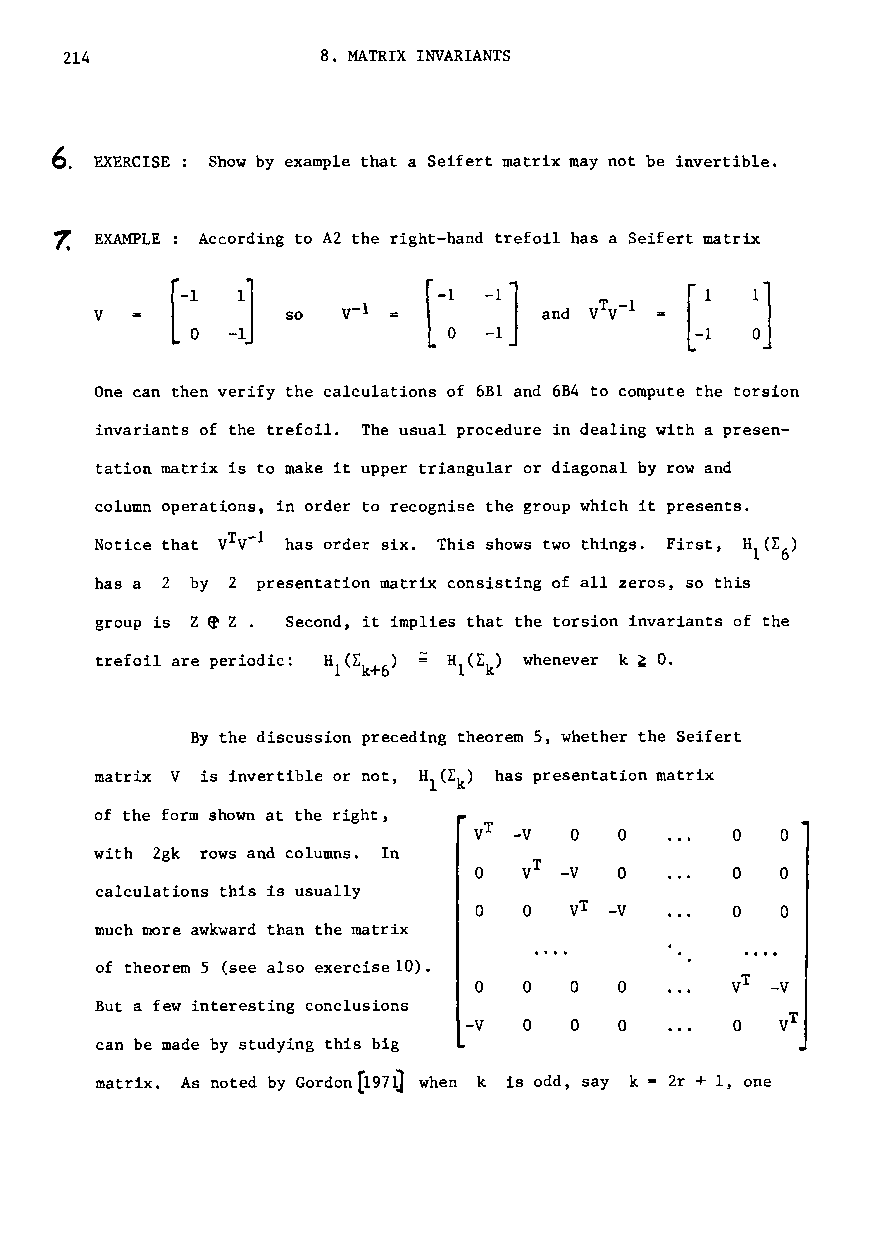
214              8. MATRIX INVARIANTS
 6.
 EXERCISE Show by example that a Seifert matrix may not be invertible.
 7.
 EXAMPLE According to A2 the right-hand trefoil has a Seifert matrix
 -1  1]
 [
 v            so
 o
 -1
 One can then verify the calculations of 6Bl and 6B4 to compute the torsion
 invariants of the trefoil. The usual procedure in dealing with a presen-
 tation matrix is to make it upper triangular or diagonal by row and
 column operations, in order to recognise the group which it presents.
 Notice that VTv-1 has order six. This shows two things. First, HI(~6)
 has a 2 by 2 presentation matrix consisting of all zeros, so this
 group is Z ~ Z Second, it implies that the torsion invariants of the
 trefoil are periodic:        whenever k ~ O.
 By the discussion preceding theorem 5, whether the Seifert
 matrix V is invertible or not, H1(L ) has presentation matrix
 k
 of the form shown at the right,
 vT -v  o  o       o  o
 with 2gk rows and columns. In
 o         o      o   o
 calculations this is usually
 o   o  vT -V     o   o
 much more awkward than the matrix
 of theorem 5 (see also exercise10).
 o   o  o  o
 But a few interesting conclusions
 -V  o  o  o
 can be made by studying this big
 matrix. As noted by Gordon[1971] when k is odd, say k 2r + 1, one